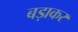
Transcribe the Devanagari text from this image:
बड़ाकर